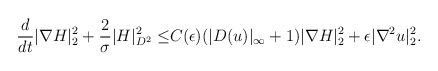
\begin{align*}\frac{d}{dt}|\nabla H|^2_2+\frac{2}{\sigma}| H|^2_{D^2}\leq& C(\epsilon)(|D( u)|_\infty+1)|\nabla H|^2_2+\epsilon |\nabla^2 u|^2_2.\end{align*}